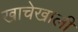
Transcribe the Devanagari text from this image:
खाचेखाली